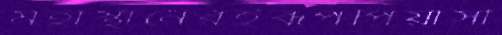
মহাস্থানেরইরূপপিয়াসী